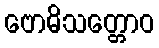
ဗောဓိသတ္တောဝ